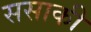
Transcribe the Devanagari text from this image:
ससाकी